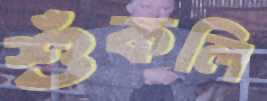
শুঁকলি